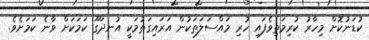
ކުޑަނުކޮށް މިހާރު ކުރިމަތިވެފައި ހުރި މައްސަލަތަކުން އަރައިގަތުމަކީ އުނދަގޫ ކަމަކަށް ވާނެ ކަމަށެވެ.